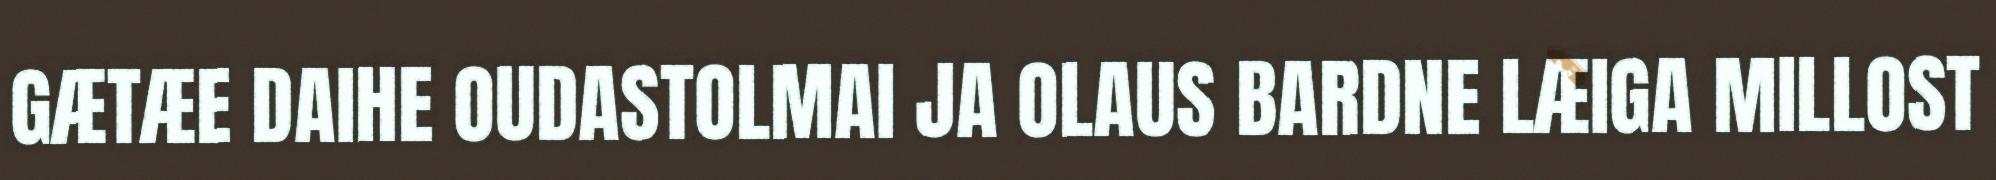
GÆTÆE DAIHE OUDASTOLMAI JA OLAUS BARDNE LÆIGA MILLOST